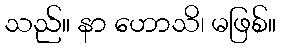
သည်။ နာ ဟောသိ၊ မဖြစ်။